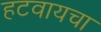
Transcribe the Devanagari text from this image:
हटवायचा